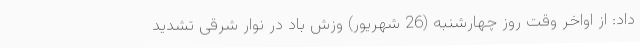
داد: از اواخر وقت روز چهارشنبه (26 شهریور) وزش باد در نوار شرقی تشدید